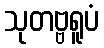
သုတဗ္ဗရူပံ